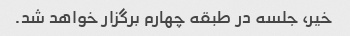
خیر، جلسه در طبقه چهارم برگزار خواهد شد.